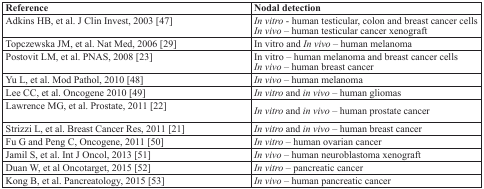
| Reference | Nodal detection |
 | --- | --- |
 | Adkins HB, et al. J Clin Invest, 2003 [47] | In vitro - human testicular, colon and breast cancer cellsIn vivo – human testicular cancer xenograft |
 | Topczewska JM, et al. Nat Med, 2006 [29] | In vitro and In vivo – human melanoma |
 | Postovit LM, et al. PNAS, 2008 [23] | In vitro – human melanoma and breast cancer cellsIn vivo – human breast cancer |
 | Yu L, et al. Mod Pathol, 2010 [48] | In vivo – human melanoma |
 | Lee CC, et al. Oncogene 2010 [49] | In vitro and in vivo – human gliomas |
 | Lawrence MG, et al. Prostate, 2011 [22] | In vitro and in vivo – human prostate cancer |
 | Strizzi L, et al. Breast Cancer Res, 2011 [21] | In vitro and in vivo – human breast cancer |
 | Fu G and Peng C, Oncogene, 2011 [50] | In vitro – human ovarian cancer |
 | Jamil S, et al. Int J Oncol, 2013 [51] | In vivo – human neuroblastoma xenograft |
 | Duan W, et al. Oncotarget, 2015 [52] | In vitro – pancreatic cancer |
 | Kong B, et al. Pancreatology, 2015 [53] | In vivo – human pancreatic cancer |